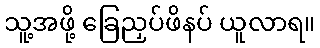
သူ့အဖို့ ခြေညှပ်ဖိနပ် ယူလာရ။